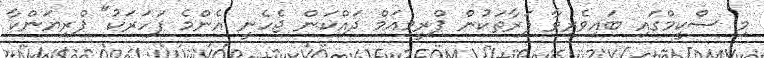
މި ސްކީމްގައި ބައިވެރިވާ ފަރާތަކުން ޕްރީމިއަމް ދައްކަން ޖެހެނީ އެންމެ ފަހަރަކު" ޕްރިޔަންކާ